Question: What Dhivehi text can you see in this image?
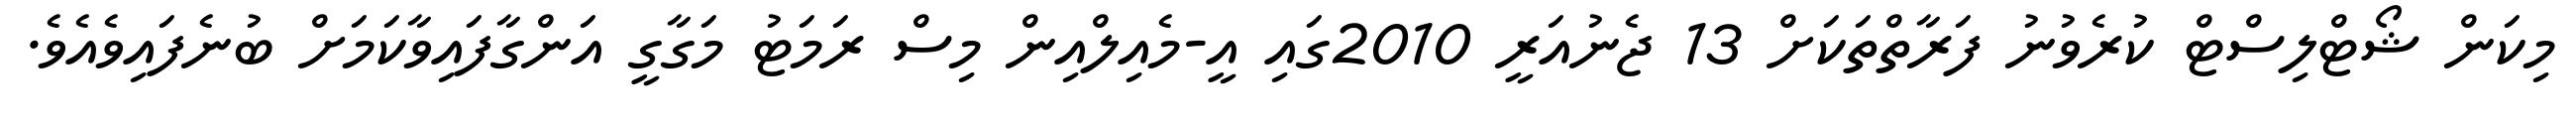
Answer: މިކަން ޝޯޓްލިސްޓް ކުރެވުނު ފަރާތްތަކަށް 13 ޖެނުއަރީ 2010ގައި އީ-މެއިލްއިން މިސް ރަމަޓު މަގާގީ އަންގާފައިވާކަމަށް ބުނެފައިވެއެވެ.